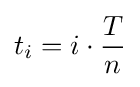
t_{i}=i\cdot {\frac {T}{n}}